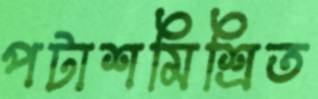
পটাশমিশ্রিত